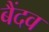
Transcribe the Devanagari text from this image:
बैंदव